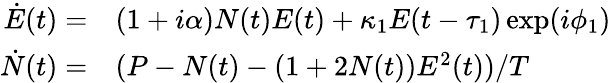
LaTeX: \begin{array}{rl}{\dot{E}(t)=}&{{}(1+i\alpha)N(t)E(t)+\kappa{}_{1}E(t-\tau_{1})\exp(i\phi_{1})}\\ {\dot{N}(t)=}&{{}(P-N(t)-(1+2N(t))E^{2}(t))/T}\end{array}